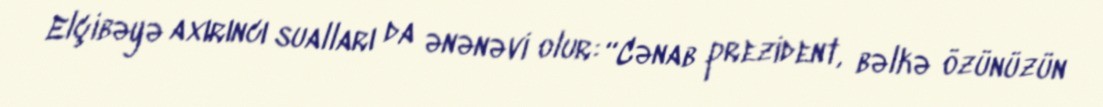
Elçibəyə axırıncı sualları da ənənəvi olur: “Cənab prezident, bəlkə özünüzün